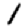
Digit: 1